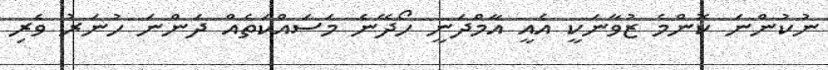
ނުކުންނަ ކޮންމެ ޒުވާނަކީ އެއީ އާމްދަނީ ހޯދޭނެ މަސައްކަތެއް ދަންނަ ހުނަރު ވެރި